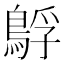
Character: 𮬻